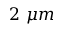
2 \ \mu m